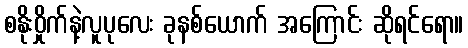
စနိုးဝှိုက်နဲ့လူပုလေး ခုနစ်ယောက် အကြောင်း ဆိုရင်ရော။